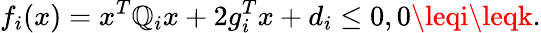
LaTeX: f_{i}(x)=x^{T}\mathbb{Q}_{i}x+2g_{i}^{T}x+d_{i}\leq0,0\leqi\leqk.